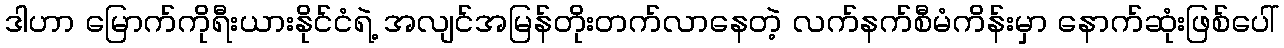
ဒါဟာ မြောက်ကိုရီးယားနိုင်ငံရဲ့ အလျင်အမြန်တိုးတက်လာနေတဲ့ လက်နက်စီမံကိန်းမှာ နောက်ဆုံးဖြစ်ပေါ်